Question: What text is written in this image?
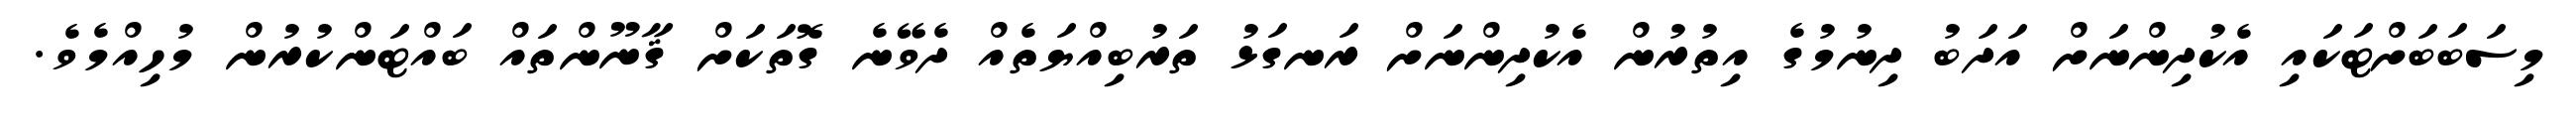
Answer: މިސަބަބަށްޓަކައި އެކުދިންނަށް އަދަބު ދިނުމުގެ އިތުރުން އެކުދިންނަށް ރަނގަޅު ތަރުބިއްޔަތެއް ދެވޭނެ ގޮތަކަށް ޤާނޫންތައް ބައްޓަންކުރުން މުހިއްމެވެ.